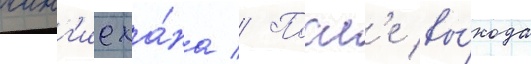
чинг'исха́на // Посл'е вы́хода